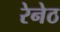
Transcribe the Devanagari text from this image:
रेनेठ